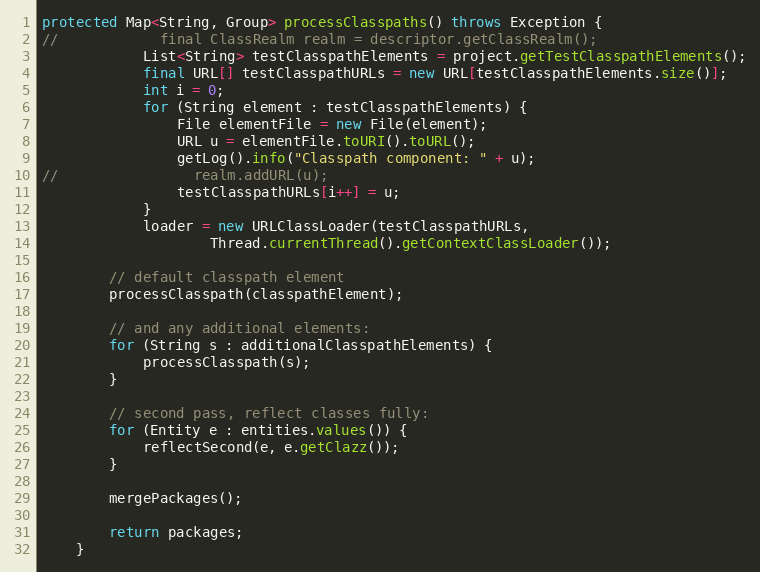
Language: Java
protected Map<String, Group> processClasspaths() throws Exception {
//            final ClassRealm realm = descriptor.getClassRealm();
            List<String> testClasspathElements = project.getTestClasspathElements();
            final URL[] testClasspathURLs = new URL[testClasspathElements.size()];
            int i = 0;
            for (String element : testClasspathElements) {
                File elementFile = new File(element);
                URL u = elementFile.toURI().toURL();
                getLog().info("Classpath component: " + u);
//                realm.addURL(u);
                testClasspathURLs[i++] = u;
            }
            loader = new URLClassLoader(testClasspathURLs,
                    Thread.currentThread().getContextClassLoader());

        // default classpath element
        processClasspath(classpathElement);

        // and any additional elements:
        for (String s : additionalClasspathElements) {
            processClasspath(s);
        }

        // second pass, reflect classes fully:
        for (Entity e : entities.values()) {
            reflectSecond(e, e.getClazz());
        }

        mergePackages();

        return packages;
    }